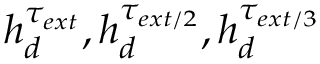
h _ { d } ^ { \tau _ { e x t } } , h _ { d } ^ { \tau _ { e x t / 2 } } , h _ { d } ^ { \tau _ { e x t / 3 } }